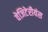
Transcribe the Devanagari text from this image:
वेजिटेरीयंस